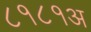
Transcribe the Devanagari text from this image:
८१८१अ